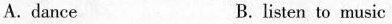
A. dance B. listen to music